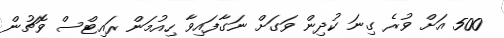
500 އަށް ވުރެ ގިނަ ކުދިން ވަގަށް ނަގާފައިވާ ހިއުމަން ރައިޓްސް ވޮޗުން